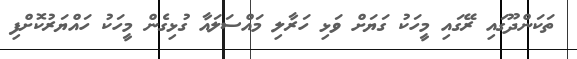
ތަކަންދޫގައި ރޭގައި މީހަކު ގަޔަށް ވަޅި ހަރާލި މައްސަލައާ ގުޅިގެން މީހަކު ހައްޔަރުކޮށްފި